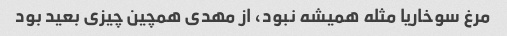
مرغ سوخاریا مثله همیشه نبود، از مهدی همچین چیزی بعید بود